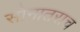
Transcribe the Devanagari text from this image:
सोनातराच